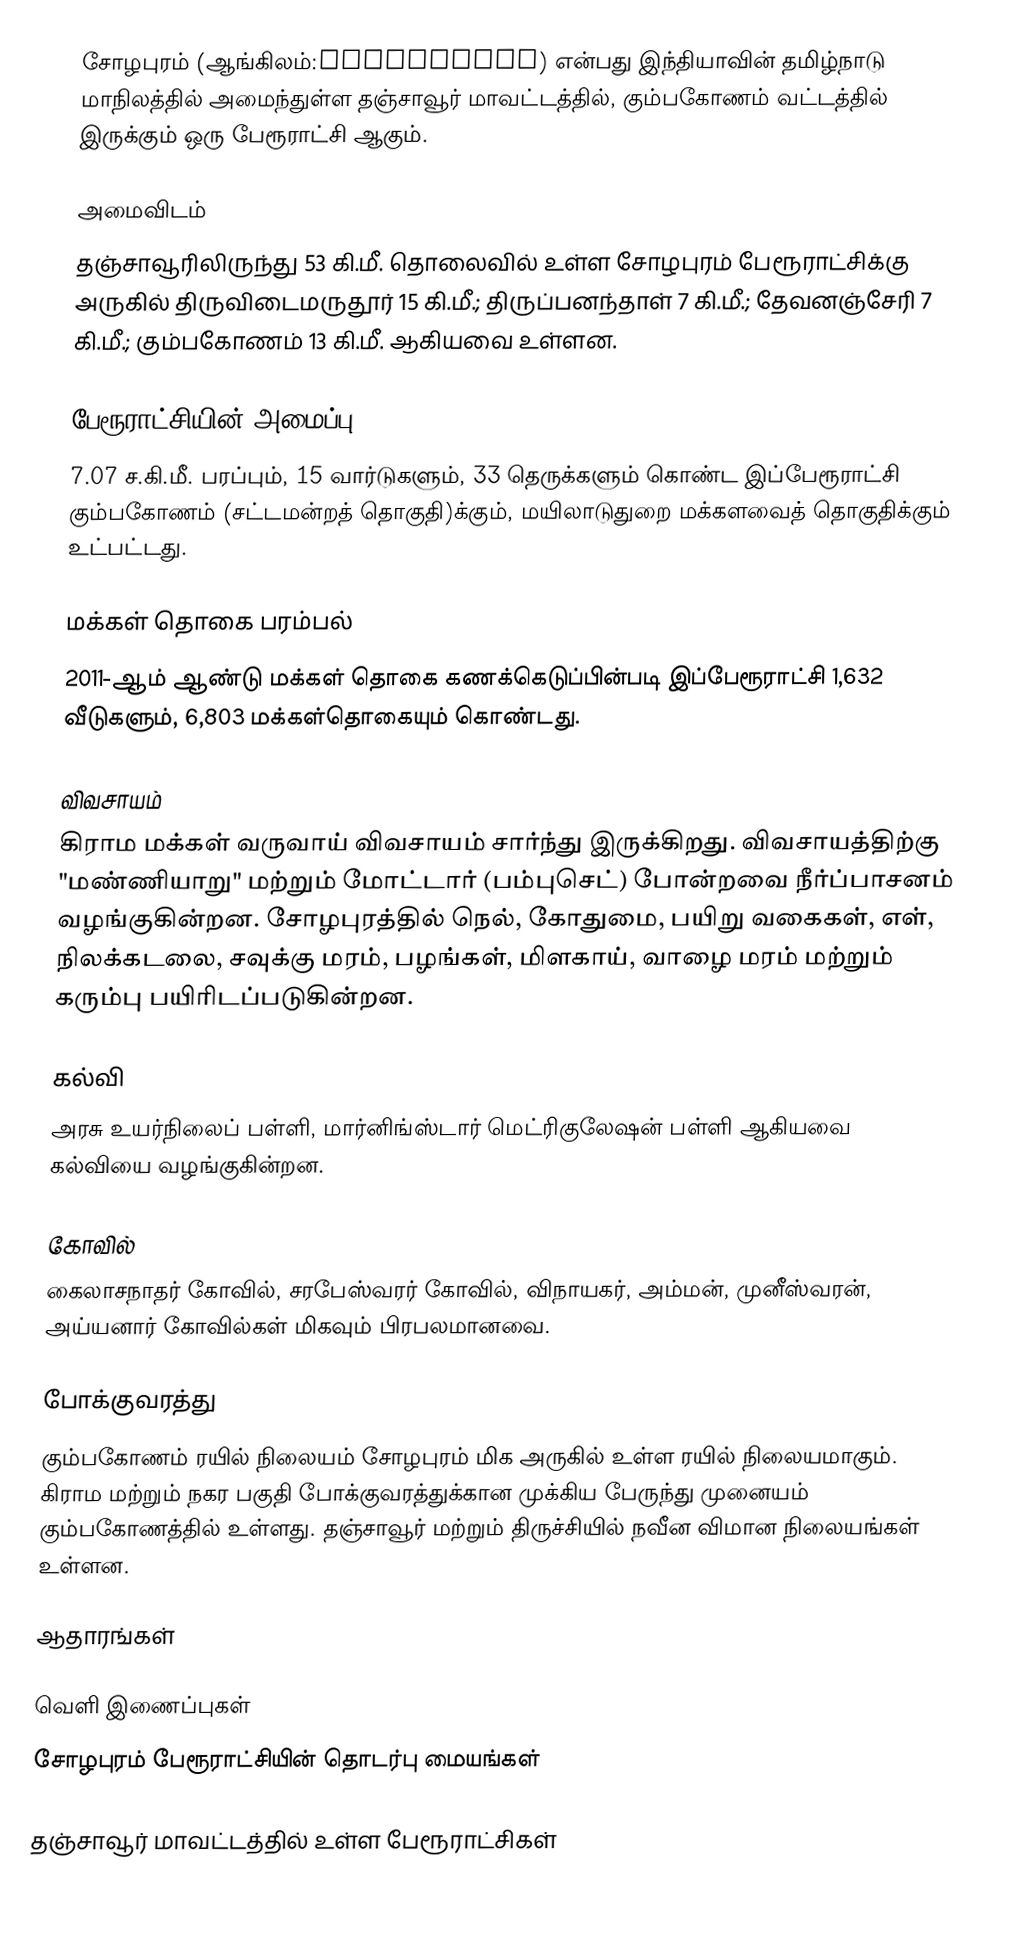
சோழபுரம் (ஆங்கிலம்:Cholapuram) என்பது இந்தியாவின் தமிழ்நாடு மாநிலத்தில் அமைந்துள்ள தஞ்சாவூர் மாவட்டத்தில், கும்பகோணம் வட்டத்தில்  இருக்கும் ஒரு பேரூராட்சி ஆகும்.

அமைவிடம்
தஞ்சாவூரிலிருந்து  53 கி.மீ. தொலைவில் உள்ள   சோழபுரம் பேரூராட்சிக்கு அருகில் திருவிடைமருதூர் 15 கி.மீ.; திருப்பனந்தாள் 7 கி.மீ.; தேவனஞ்சேரி 7 கி.மீ.; கும்பகோணம் 13 கி.மீ. ஆகியவை உள்ளன.

பேரூராட்சியின் அமைப்பு
7.07 ச.கி.மீ. பரப்பும், 15  வார்டுகளும், 33 தெருக்களும் கொண்ட இப்பேரூராட்சி  கும்பகோணம் (சட்டமன்றத் தொகுதி)க்கும், மயிலாடுதுறை மக்களவைத் தொகுதிக்கும் உட்பட்டது.

மக்கள் தொகை பரம்பல்
2011-ஆம் ஆண்டு மக்கள் தொகை கணக்கெடுப்பின்படி  இப்பேரூராட்சி 1,632      வீடுகளும், 6,803  மக்கள்தொகையும் கொண்டது.

விவசாயம்
கிராம மக்கள் வருவாய் விவசாயம் சார்ந்து இருக்கிறது. விவசாயத்திற்கு "மண்ணியாறு" மற்றும் மோட்டார் (பம்புசெட்) போன்றவை நீர்ப்பாசனம் வழங்குகின்றன. சோழபுரத்தில் நெல், கோதுமை, பயிறு வகைகள், எள், நிலக்கடலை, சவுக்கு மரம், பழங்கள், மிளகாய், வாழை மரம் மற்றும் கரும்பு பயிரிடப்படுகின்றன.

கல்வி
அரசு உயர்நிலைப் பள்ளி, மார்னிங்ஸ்டார் மெட்ரிகுலேஷன் பள்ளி ஆகியவை கல்வியை வழங்குகின்றன.

கோவில்
கைலாசநாதர் கோவில், சரபேஸ்வரர் கோவில், விநாயகர், அம்மன், முனீஸ்வரன், அய்யனார் கோவில்கள் மிகவும் பிரபலமானவை.

போக்குவரத்து
கும்பகோணம் ரயில் நிலையம் சோழபுரம் மிக அருகில் உள்ள ரயில் நிலையமாகும். கிராம மற்றும் நகர பகுதி போக்குவரத்துக்கான முக்கிய பேருந்து முனையம் கும்பகோணத்தில் உள்ளது. தஞ்சாவூர் மற்றும் திருச்சியில் நவீன விமான நிலையங்கள் உள்ளன.

ஆதாரங்கள்

வெளி இணைப்புகள்
   சோழபுரம் பேரூராட்சியின் தொடர்பு மையங்கள்

தஞ்சாவூர் மாவட்டத்தில் உள்ள பேரூராட்சிகள்